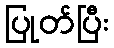
ပြုတ်ပြီး